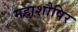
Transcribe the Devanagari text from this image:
महाशौषिर